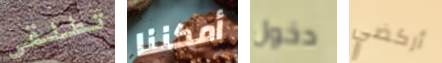
تطلقي أمكننا دخول أركضي